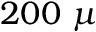
2 0 0 ~ \mu